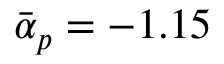
\bar { \alpha } _ { p } = - 1 . 1 5